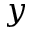
y